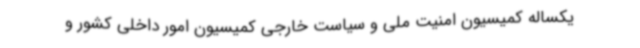
یکساله کمیسیون امنیت ملی و سیاست خارجی کمیسیون امور داخلی کشور و